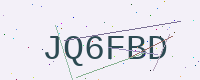
Text: JQ6FBD